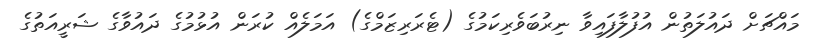
މައްޗަށް ދައުލަތުން އުފުލާފައިވާ ނިރުބަވެރިކަމުގެ (ޓެރަރިޒަމްގެ) އަމަލެއް ކުރަން އުޅުމުގެ ދައުވާގެ ޝަރީއަތުގެ